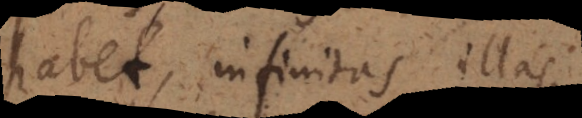
habet, infinitas illas,